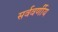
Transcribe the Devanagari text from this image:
सर्ववर्णीय